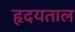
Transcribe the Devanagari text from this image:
हृदयताल